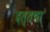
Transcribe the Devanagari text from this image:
दत्तचा